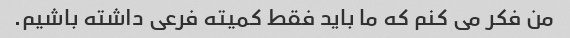
من فکر می کنم که ما باید فقط کمیته فرعی داشته باشیم.